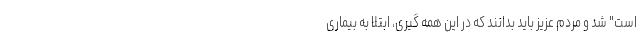
است" شد و مردم عزیز باید بدانند که در این همه گیری، ابتلا به بیماری